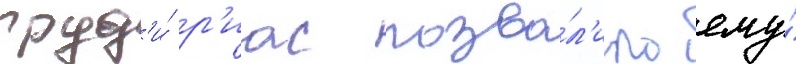
груд'и́ р'иас позво́л'ило ему́